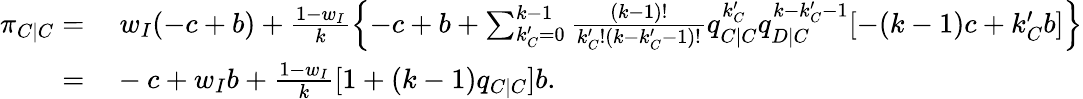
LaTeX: \begin{array}{rl}{\pi_{C|C}=}&{{}~w_{I}(-c+b)+\frac{1-w_{I}}{k}\left\{ -c+b+\sum_{k_{C}^{\prime}=0}^{k-1}{\frac{(k-1)!}{k_{C}^{\prime}!(k-k_{C}^{\prime}-1)!}q_{C|C}^{k_{C}^{\prime}}q_{D|C}^{k-k_{C}^{\prime}-1}[-(k-1)c+k_{C}^{\prime}b]}\right\} }\\ {=}&{{}-c+w_{I}b+\frac{1-w_{I}}{k}[1+(k-1)q_{C|C}]b.}\end{array}